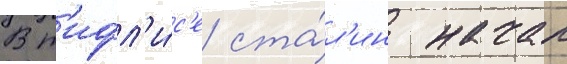
В т'ифл'и́с'е ста́л'ин начал